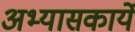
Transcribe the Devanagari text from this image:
अभ्यासकार्ये